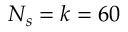
N _ { s } = k = 6 0